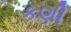
કણી